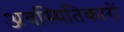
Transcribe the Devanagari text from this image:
अवस्थितिकारों